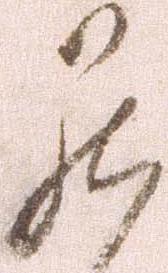
罷